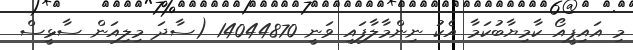
މި އައިޕީއޯ ކާމިޔާބުކަމާ އެކު ނިންމާލާފައި ވަނީ 14044870 (ސާދަ މިލިއަން ސާޅީސް